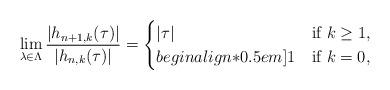
LaTeX: \begin{align*}\lim_{\lambda\in\Lambda}\frac{|h_{n+1,k}(\tau)|}{|h_{n,k}(\tau)|}=\begin{cases}|\tau| & \mbox{if}\,\,k\geq 1,\\begin{align*}0.5em]1 & \mbox{if}\,\,k=0,\end{cases}\end{align*}